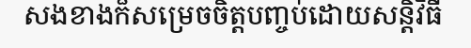
សងខាងក៏សម្រេចចិត្តបញ្ចប់ដោយសន្តិវិធី